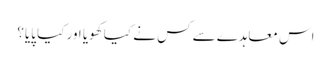
اس معاہدے سے کس نے کیا کھویا اور کیا پایا؟